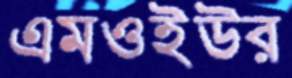
এমওইউর